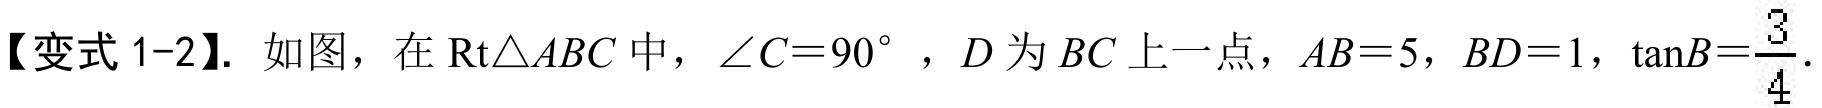
【变式1-2】. 如图，在\(\text{Rt}\triangle ABC\)中，\(\angle C = 90^{\circ}\)，\(D\)为\(BC\)上一点，\(AB = 5\)，\(BD = 1\)，\(\tan B=\frac{3}{4}\).